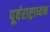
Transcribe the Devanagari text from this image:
पूर्वराष्ट्राध्यक्ष